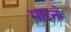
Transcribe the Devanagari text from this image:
माइनों